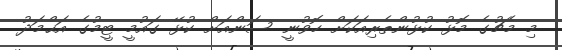
މި މެޗުގެ މޮޅު ކުޅުންތެރިއަކަށް ހޮވުނީ ސަންއަށް ކުޅޭ ގައުމީ ޓީމުގެ އަޙްމަދު